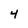
Character: 4